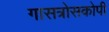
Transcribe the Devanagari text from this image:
गासत्रोसकोपी